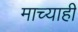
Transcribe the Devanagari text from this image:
माच्याही